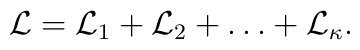
{\cal L}= {\cal L}_1 + {\cal L}_2 + \ldots +{\cal L}_\kappa .